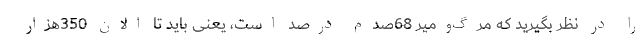
را در نظر بگیرید که مرگ‌ومیر 68صدم درصد است، یعنی باید تا الان 350هزار